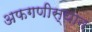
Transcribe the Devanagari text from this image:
अफगणीस्थान